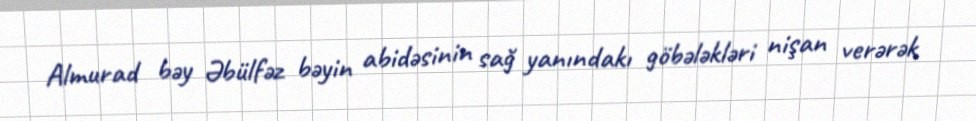
Almurad bəy Əbülfəz bəyin abidəsinin sağ yanındakı göbələkləri nişan verərək